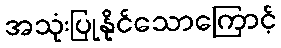
အသုံးပြုနိုင်သောကြောင့်